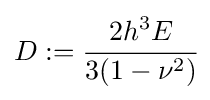
D:={\cfrac {2h^{3}E}{3(1-\nu ^{2})}}